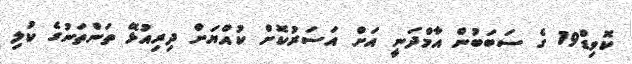
ކޮވިޑް19 ގެ ސަބަބުން އާމްދަނީ އަށް އަސަރުކޮށް ކުއްޔަށް ދިރިއުޅޭ ތަންތަނުގެ ކުލި